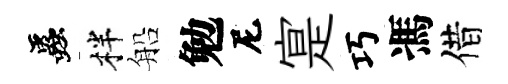
蟲柈船勉尼寔巧馮借